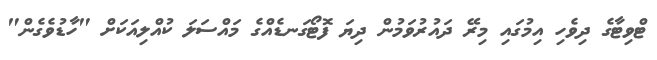
ޓްވިޓާގެ ދިވެހި އިމުގައި މިރޭ ދައުރުވަމުން ދިޔަ ފޮޓޯގަނޑެއްގެ މައްސަލަ ކުއްލިއަކަށް "ހާޑުވެގެން"